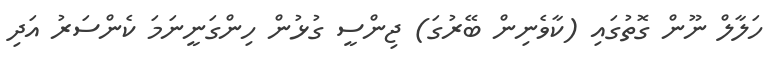
ހަލާލް ނޫން ގޮތުގައި (ކާވެނިން ބޭރުގަ) ޖިންސީ ގުޅުން ހިންގަނީނަމަ ކެންސަރު އަދި